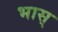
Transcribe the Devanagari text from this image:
भास्